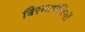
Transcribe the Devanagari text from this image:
बिरसापंथियों